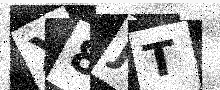
Text: X8JT